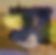
স